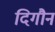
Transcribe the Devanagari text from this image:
दिगौन